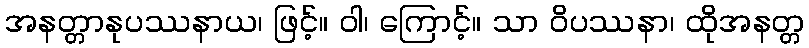
အနတ္တာနုပဿနာယ၊ ဖြင့်။ ဝါ၊ ကြောင့်။ သာ ဝိပဿနာ၊ ထိုအနတ္တ